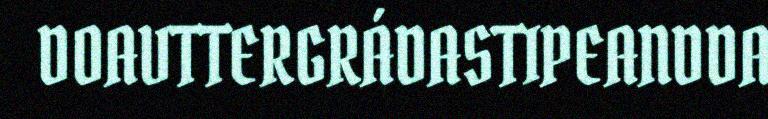
DOAVTTERGRÁDASTIPEANDDA